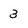
Character: 3